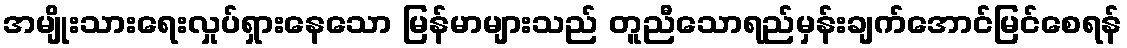
အမျိုးသားရေးလှုပ်ရှားနေသော မြန်မာများသည် တူညီသောရည်မှန်းချက်အောင်မြင်စေရန်